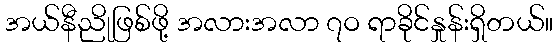
အယ်နီညိုဖြစ်ဖို့ အလားအလာ ၇ဝ ရာခိုင်နှုန်းရှိတယ်။